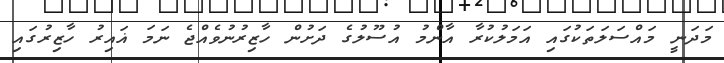
މަދަނީ މައްސަލަތަކުގައި އަމަލުކުރާ އާންމު އުސޫލުގެ ދަށުން ހާޒިރުނުވެއްޖެ ނަމަ ޣައިރު ހާޒިރުގައި